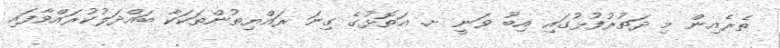
ތެރެއިން މި ދަތުރުފުޅުގައި އިބޫ ވަނީ ށ. އަތޮޅުގެ ގިނަ ރައްޔިތުންތަކަކާ ބައްދަލުކުރައްވާފައި